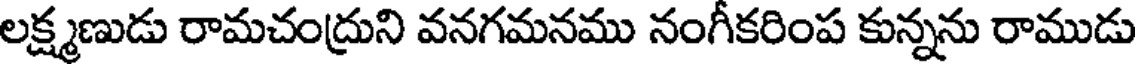
లక్ష్మణుడు రామచంద్రుని వనగమనము నంగీకరింప కున్నను రాముడు